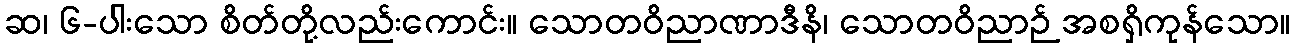
ဆ၊ ၆-ပါးသော စိတ်တို့လည်းကောင်း။ သောတဝိညာဏာဒီနိ၊ သောတဝိညာဉ် အစရှိကုန်သော။